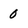
Character: 0